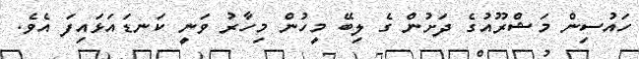
ހައުސިން މަޝްރޫއުގެ ދަށުން ގެ ލިބޭ މީހުން މިހާރު ވަނީ ކަނޑައަޅައިފަ އެވެ.